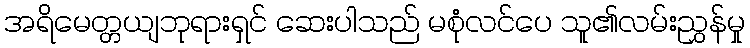
အရိမေတ္တယျဘုရားရှင် ဆေးပါသည် မစုံလင်ပေ သူ၏လမ်းညွှန်မှု